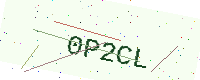
Text: 0P2CL